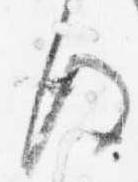
後